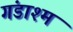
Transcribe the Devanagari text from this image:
गंडाश्म